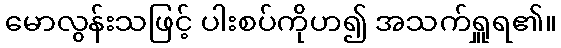
မောလွန်းသဖြင့် ပါးစပ်ကိုဟ၍ အသက်ရှူရ၏။